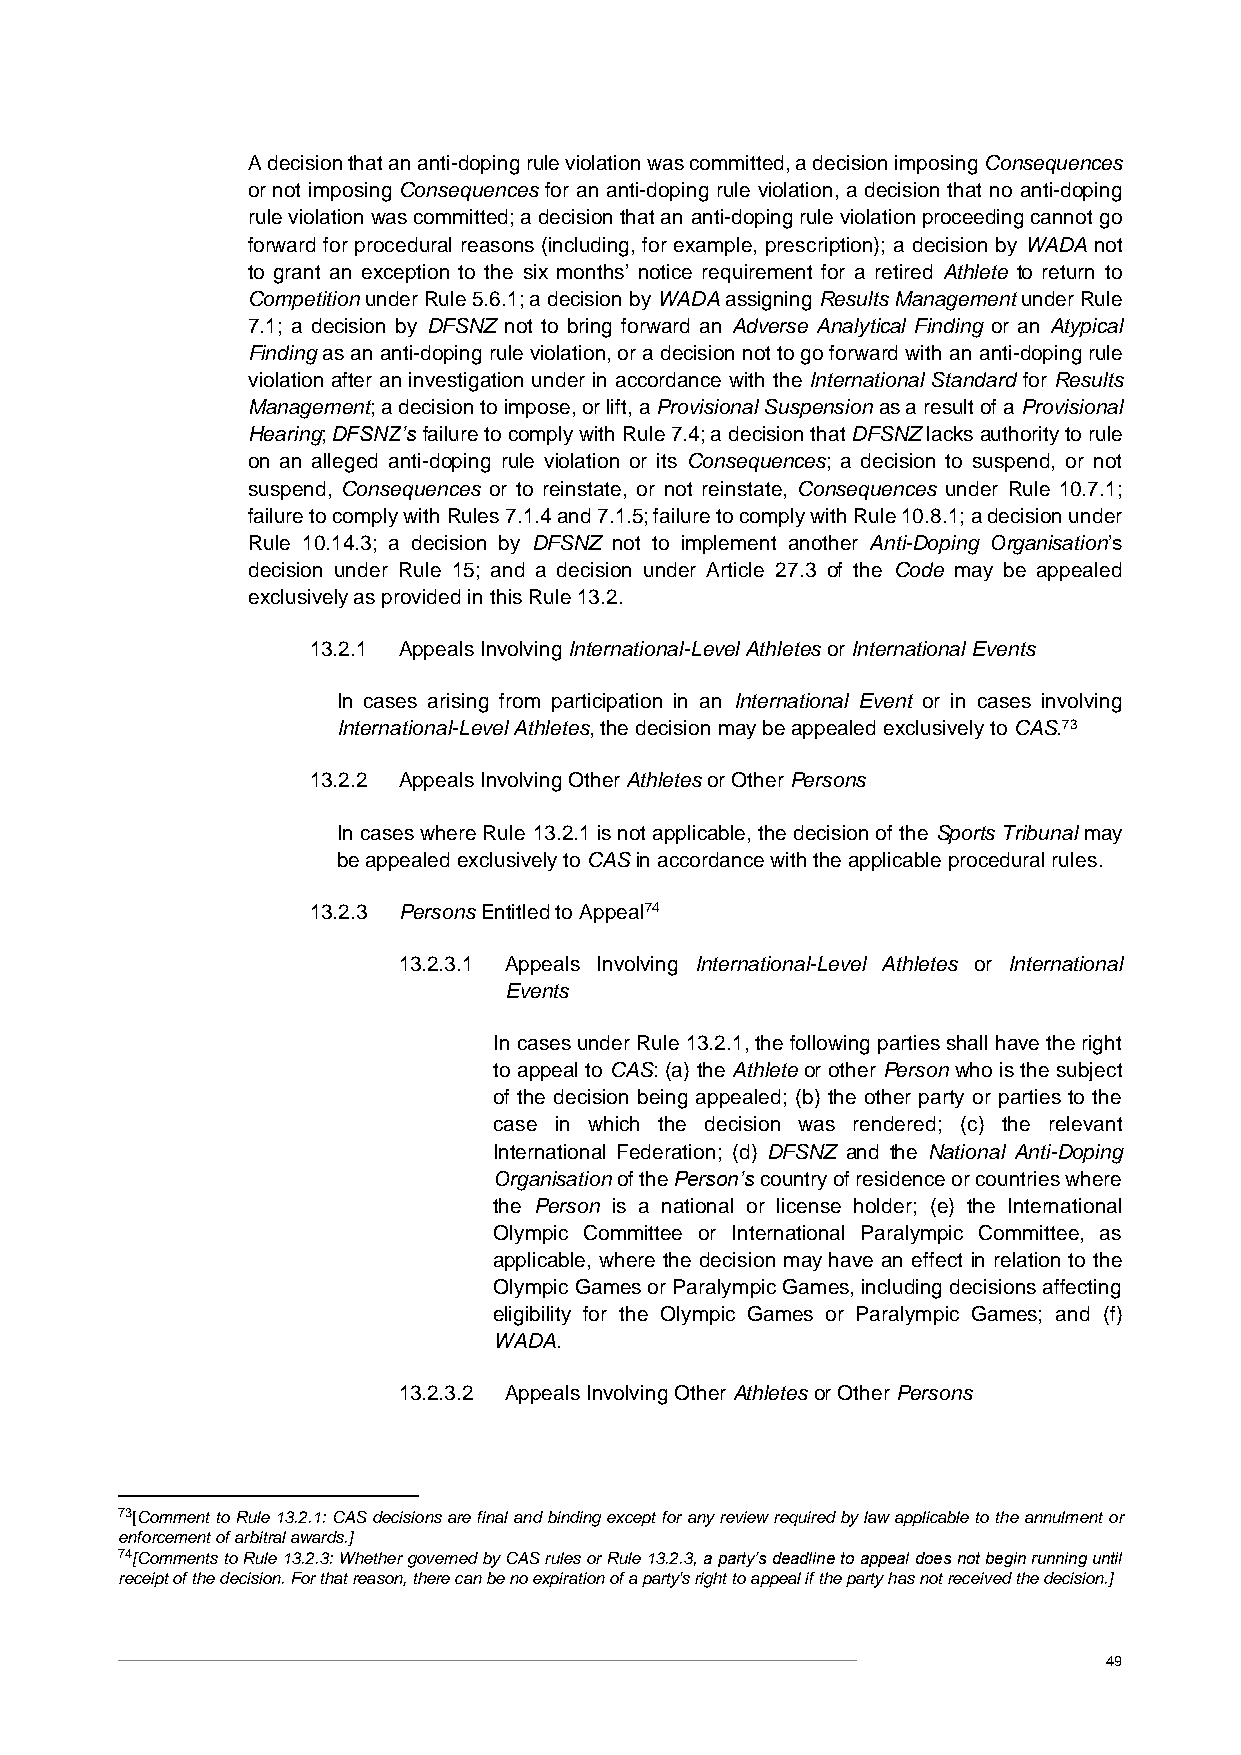
A decision that an anti-doping rule violation was committed, a decision imposing Consequences
 or not imposing Consequences for an anti-doping rule violation, a decision that no anti-doping
 rule violation was committed; a decision that an anti-doping rule violation proceeding cannot go
 forward for procedural reasons (including, for example, prescription); a decision by WADA not
 to grant an exception to the six months’ notice requirement for a retired Athlete to return to
 Competition under Rule 5.6.1; a decision by WADA assigning Results Management under Rule
 7.1; a decision by DFSNZ not to bring forward an Adverse Analytical Finding or an Atypical
 Finding as an anti-doping rule violation, or a decision not to go forward with an anti-doping rule
 violation after an investigation under in accordance with the International Standard for Results
 Management; a decision to impose, or lift, a Provisional Suspension as a result of a Provisional
 Hearing; DFSNZ’s failure to comply with Rule 7.4; a decision that DFSNZ lacks authority to rule
 on an alleged anti-doping rule violation or its Consequences; a decision to suspend, or not
 suspend, Consequences or to reinstate, or not reinstate, Consequences under Rule 10.7.1;
 failure to comply with Rules 7.1.4 and 7.1.5; failure to comply with Rule 10.8.1; a decision under
 Rule 10.14.3; a decision by DFSNZ not to implement another Anti-Doping Organisation’s
 decision under Rule 15; and a decision under Article 27.3 of the Code may be appealed
 exclusively as provided in this Rule 13.2.
 13.2.1 Appeals Involving International-Level Athletes or International Events
 In cases arising from participation in an International Event or in cases involving
 International-Level Athletes, the decision may be appealed exclusively to CAS.73
 13.2.2 Appeals Involving Other Athletes or Other Persons
 In cases where Rule 13.2.1 is not applicable, the decision of the Sports Tribunal may
 be appealed exclusively to CAS in accordance with the applicable procedural rules.
 13.2.3 Persons Entitled to Appeal74
 13.2.3.1 Appeals Involving International-Level Athletes or International
 Events
 In cases under Rule 13.2.1, the following parties shall have the right
 to appeal to CAS: (a) the Athlete or other Person who is the subject
 of the decision being appealed; (b) the other party or parties to the
 case in which the decision was rendered; (c) the relevant
 International Federation; (d) DFSNZ and the National Anti-Doping
 Organisation of the Person’s country of residence or countries where
 the Person is a national or license holder; (e) the International
 Olympic Committee or International Paralympic Committee, as
 applicable, where the decision may have an effect in relation to the
 Olympic Games or Paralympic Games, including decisions affecting
 eligibility for the Olympic Games or Paralympic Games; and (f)
 WADA.
 13.2.3.2 Appeals Involving Other Athletes or Other Persons
 73[Comment to Rule 13.2.1: CAS decisions are final and binding except for any review required by law applicable to the annulment or
 enforcement of arbitral awards.]
 74[Comments to Rule 13.2.3: Whether governed by CAS rules or Rule 13.2.3, a party’s deadline to appeal does not begin running until
 receipt of the decision. For that reason, there can be no expiration of a party's right to appeal if the party has not received the decision.]
 49